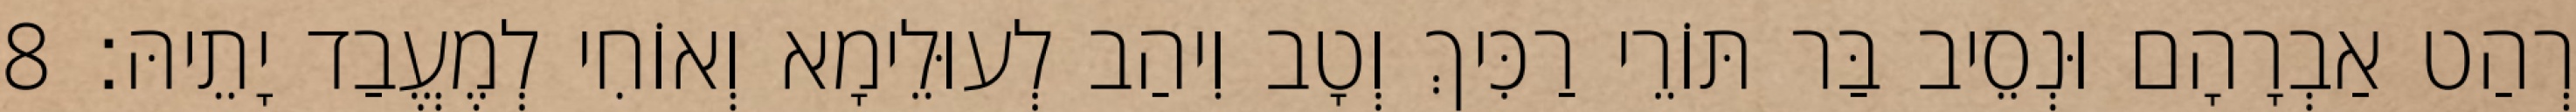
רְהַט אַבְרָהָם וּנְסֵיב בַּר תּוֹרֵי רַכִּיךְ וְטָב וִיהַב לְעוּלֵימָא וְאוֹחִי לְמֶעֱבַד יָתֵיהּ׃ 8